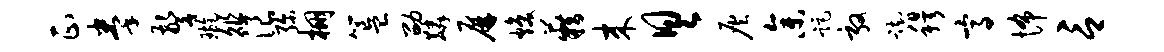
正拳警璇俎浪弥棚簋劭麟屏焕籍来具灰参距敦踟穆高怖言